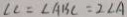
\angle C = \angle A B C = 2 \angle A